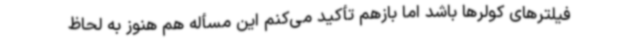
فیلترهای کولرها باشد اما بازهم تأکید می‌کنم این مسأله هم هنوز به لحاظ